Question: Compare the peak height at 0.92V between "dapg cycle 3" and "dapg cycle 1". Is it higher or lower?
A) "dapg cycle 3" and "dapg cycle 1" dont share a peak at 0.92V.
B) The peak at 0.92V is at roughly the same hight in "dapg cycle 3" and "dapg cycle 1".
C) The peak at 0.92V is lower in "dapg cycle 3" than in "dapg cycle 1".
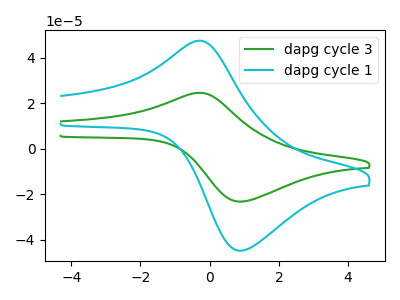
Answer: <think>The green curve "dapg cycle 3" has an anodic peak at (-0.35V, 24.65uA) and a cathodic peak at (0.90V, -23.20uA). The cyan curve "dapg cycle 1" has an anodic peak at (-0.35V, 47.55uA) and a cathodic peak at (0.90V, -44.80uA).</think>
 <answer>C) The peak at 0.92V is lower in "dapg cycle 3" than in "dapg cycle 1".</answer>
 <eval>C</eval>